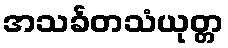
အသင်္ခတသံယုတ္တ